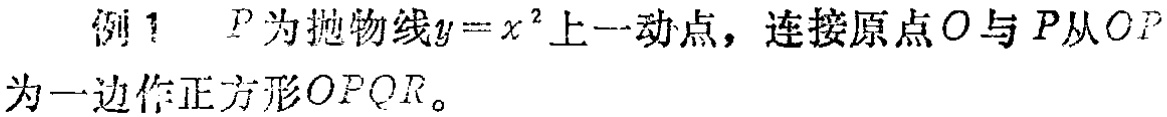
例1 \(P\)为抛物线\(y = x^{2}\)上一动点，连接原点\(O\)与\(P\)，以\(OP\)为一边作正方形\(OPQR\)。